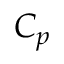
C _ { p }